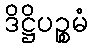
ဒိဋ္ဌိပဉ္စမံ